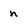
Character: h